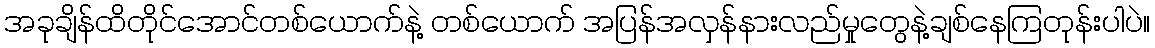
အခုချိန်ထိတိုင်အောင်တစ်ယောက်နဲ့ တစ်ယောက် အပြန်အလှန်နားလည်မှုတွေနဲ့ချစ်နေကြတုန်းပါပဲ။